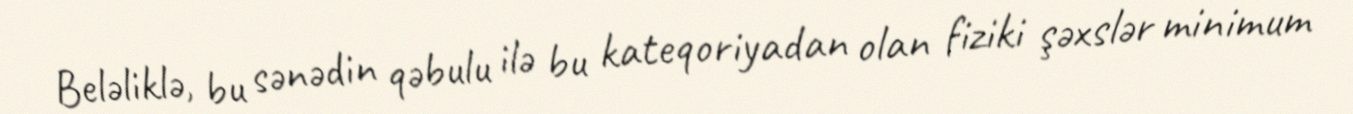
Beləliklə, bu sənədin qəbulu ilə bu kateqoriyadan olan fiziki şəxslər minimum